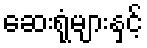
ဆေးရုံများနှင့်